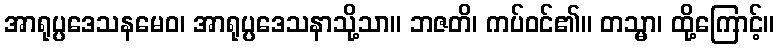
အာရုပ္ပဒေသနမေဝ၊ အာရုပ္ပဒေသနာသို့သာ။ ဘဇတိ၊ ကပ်ဝင်၏။ တသ္မာ၊ ထို့ကြောင့်။